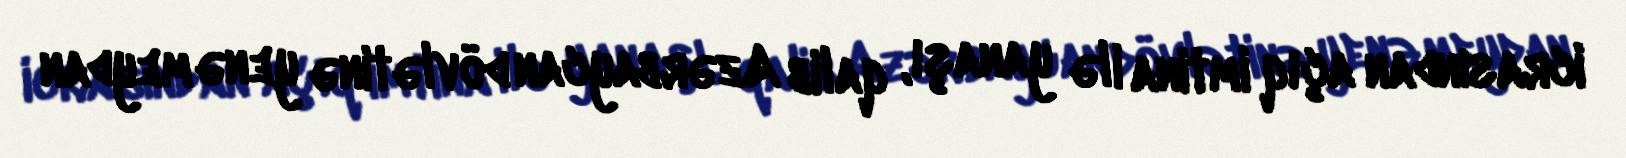
icrasından açıq imtina ilə yanaşı, qalib Azərbaycan dövlətinə yenə meydan